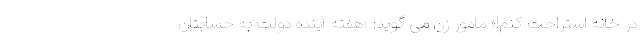
در خانه استراحت کنم!» مامور زن می گوید: «هفته آینده دولت به حسابتان